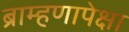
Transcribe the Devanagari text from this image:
ब्राम्हणापेक्षा